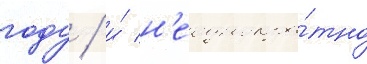
году / и́ н'еоднокра́тно